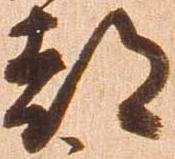
都